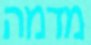
מדמה